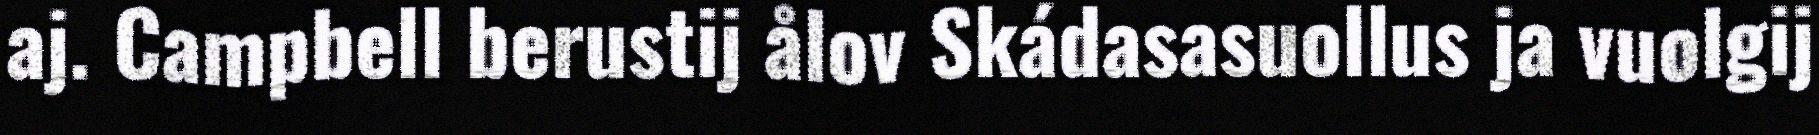
aj. Campbell berustij ålov Skádasasuollus ja vuolgij